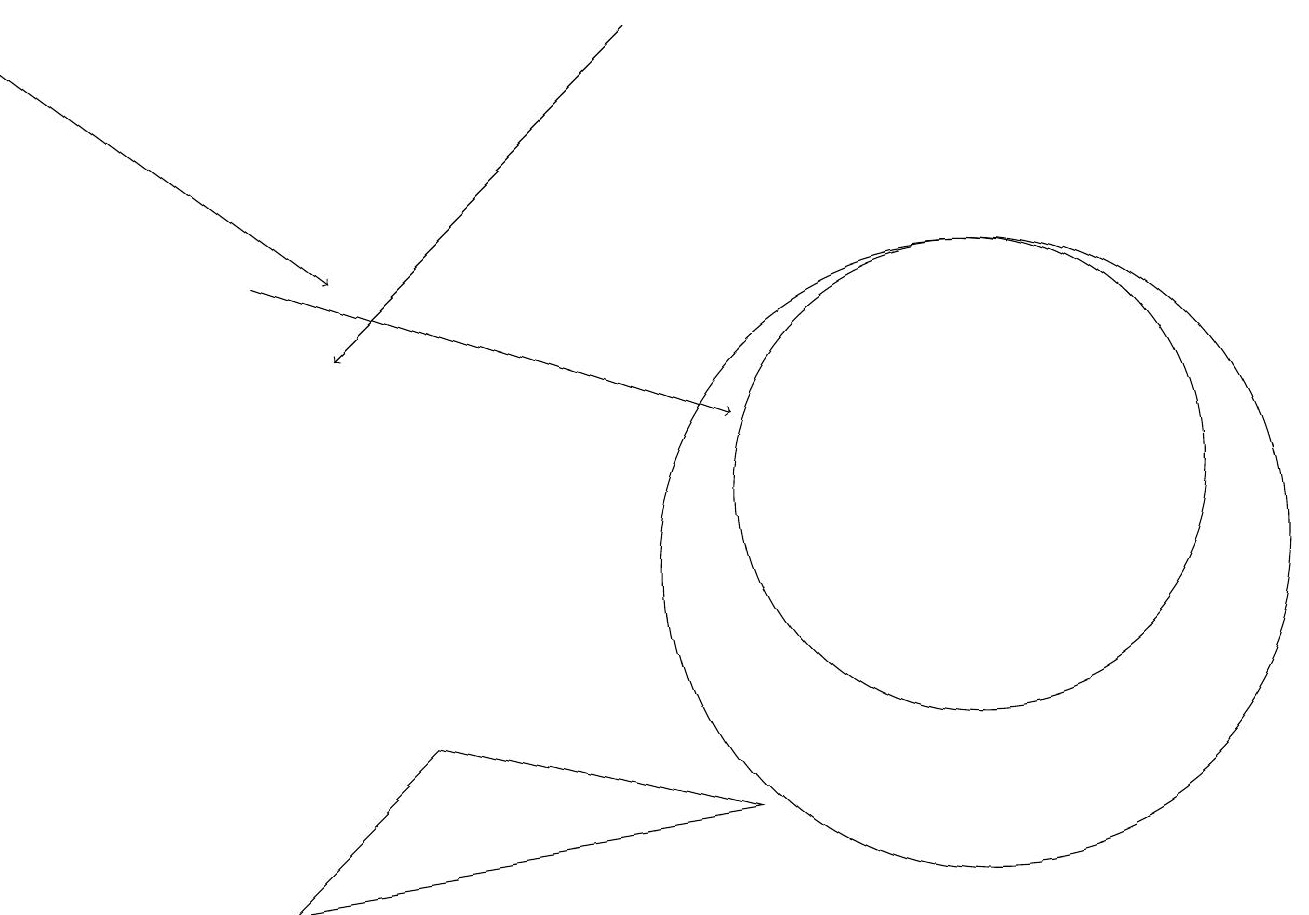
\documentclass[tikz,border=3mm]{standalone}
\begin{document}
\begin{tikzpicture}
\draw (5,9) -- (3,7) -- (9,8) -- cycle;
\draw[->] (3,15) -- (9,13);
\draw (12,12) circle (3);
\draw (12,11) circle (4);
\draw[->] (8,18) -- (4,14);
\draw[->] (0,18) -- (4,15);
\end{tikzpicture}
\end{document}